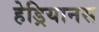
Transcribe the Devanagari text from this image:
हेड्रियानस